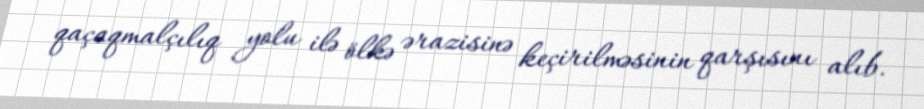
qaçaqmalçılıq yolu ilə ölkə ərazisinə keçirilməsinin qarşısını alıb.